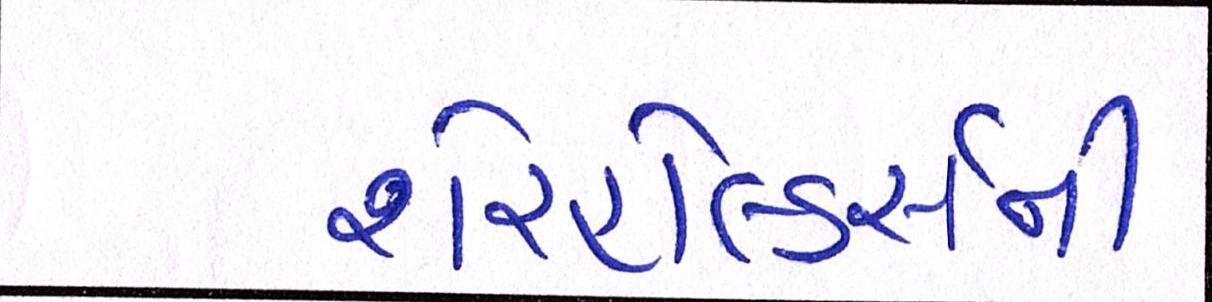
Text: શેરહોલ્ડર્સની